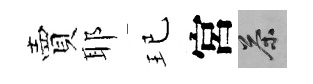
賣耶玘宮茶